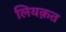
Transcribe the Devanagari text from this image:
लियक़त